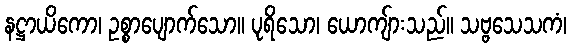
နဋ္ဌာယိကော၊ ဥစ္စာပျောက်သော။ ပုရိသော၊ ယောကျ်ားသည်။ သဗ္ဗသေသကံ၊